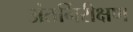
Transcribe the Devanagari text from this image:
अंतर्निरीक्षण